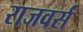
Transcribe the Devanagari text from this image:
राजवर्स